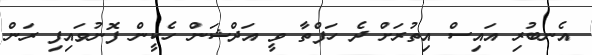
އެނބުރި އައިސް އިތުރަށް ދެ ހަފްތާ ވީ އަދްޝަން ހެކީން ފޮނުވައިފި ރަން